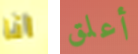
انا أعلق